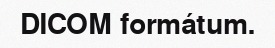
DICOM formátum.